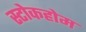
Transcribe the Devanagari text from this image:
स्टोकहोम